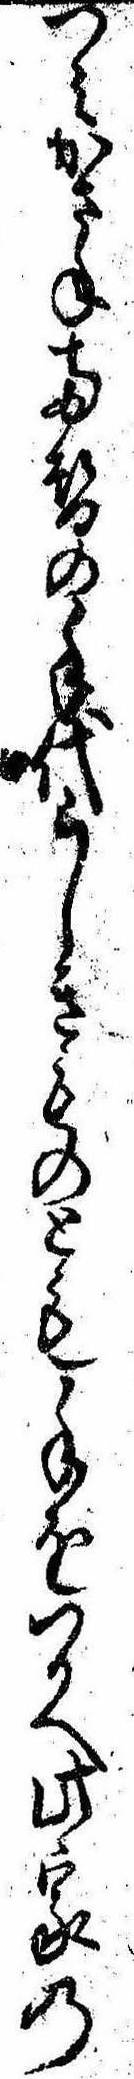
つみかさね両替の手代らしきものとも手をつかへ此家の